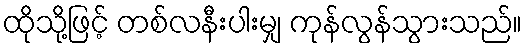
ထိုသို့ဖြင့် တစ်လနီးပါးမျှ ကုန်လွန်သွားသည်။